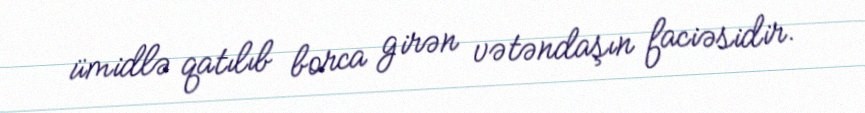
ümidlə qatılıb borca girən vətəndaşın faciəsidir.